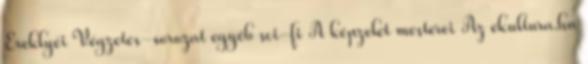
Ereklyéi Végzetes-sorozat egyéb sci-fi A képzelet mesterei Az ekultura.hu